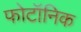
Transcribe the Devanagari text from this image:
फोटॉनिक